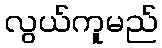
လွယ်ကူမည်